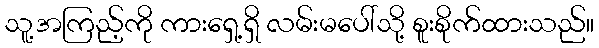
သူ့အကြည့်ကို ကားရှေ့ရှိ လမ်းမပေါ်သို့ စူးစိုက်ထားသည်။